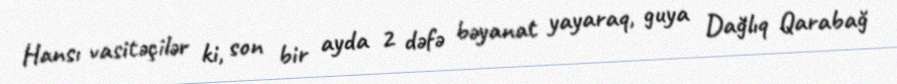
Hansı vasitəçilər ki, son bir ayda 2 dəfə bəyanat yayaraq, guya Dağlıq Qarabağ